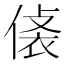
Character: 𧙾